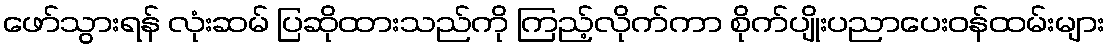
ဖော်သွားရန် လုံးဆမ် ပြဆိုထားသည်ကို ကြည့်လိုက်ကာ စိုက်ပျိုးပညာပေးဝန်ထမ်းများ